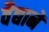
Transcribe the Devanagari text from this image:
वैद्यानें